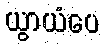
ယွာယံပေ